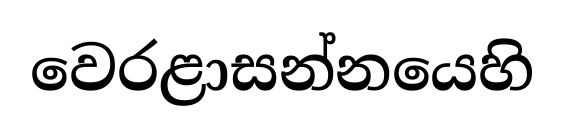
වෙරළාසන්නයෙහි